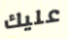
عليك